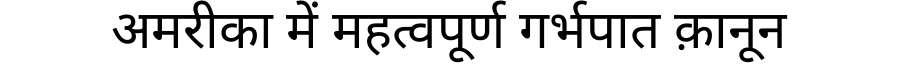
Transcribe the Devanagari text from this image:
अमरीका में महत्वपूर्ण गर्भपात क़ानून